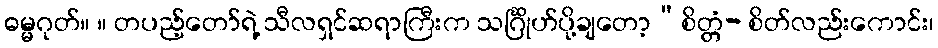
ဓမ္မဂုတ်။ ။ တပည့်တော်ရဲ့ သီလရှင်ဆရာကြီးက သင်္ဂြိုဟ်ပို့ချတော့“စိတ္တံ- စိတ်လည်းကောင်း၊